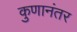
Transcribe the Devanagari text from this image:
कुणानंतर